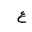
Letter: _ayn